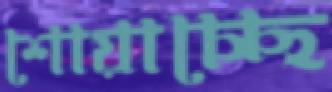
শোয়াচ্ছে